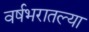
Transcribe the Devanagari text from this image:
वर्षभरातल्या